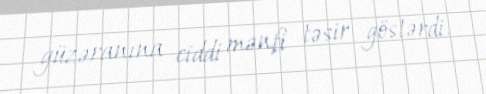
güzəranına ciddi mənfi təsir göstərdi.